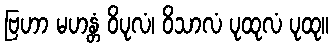
ဗြဟာ မဟန္တံ ဝိပုလံ၊ ဝိသာလံ ပုထုလံ ပုထု။